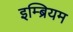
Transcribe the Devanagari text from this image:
इम्ब्रियम